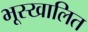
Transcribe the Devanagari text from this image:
भूस्खालित